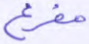
مفرغ